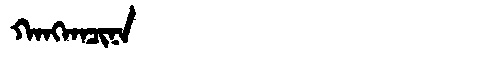
Manchu: ᡴᠠᠩᡴᠠᠴᡳᠨᠠ
Romanization: KANGKACINA